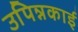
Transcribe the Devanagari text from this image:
उपिन्नकाई